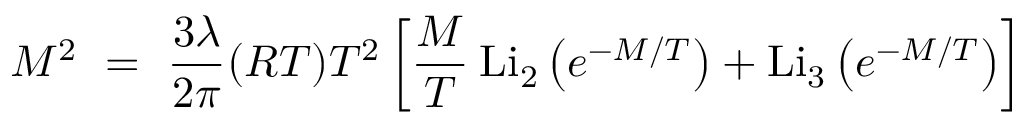
M ^ { 2 } ~ = ~ \frac { 3 \lambda } { 2 \pi } ( R T ) T ^ { 2 } \left[ \frac { M } { T } \: \mathrm { L i } _ { 2 } \left( e ^ { - M / T } \right) + \mathrm { L i } _ { 3 } \left( e ^ { - M / T } \right) \right] ~